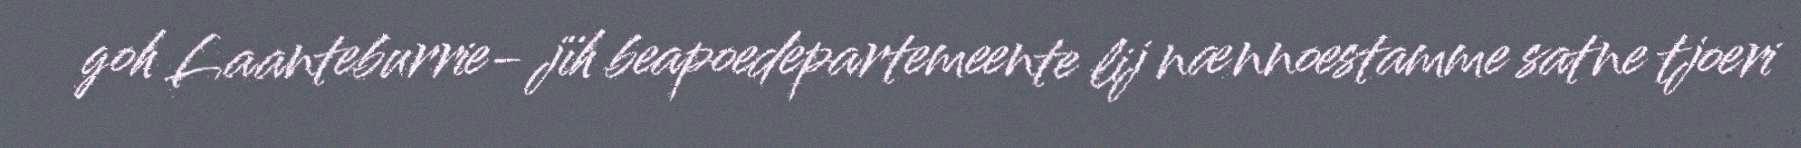
goh Laanteburrie- jïh beapoedepartemeente lij nænnoestamme satne tjoeri